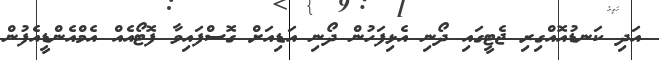
އަދި ކަނޑުއޮއްގިރި ޖެޓީގައި ދޯނި އެޅިފަހުން ދޯނި އަޑިއަށް ގޮސްފައިވާ ފޮޓޯއެއް އެމްއެންޑީއެފުން